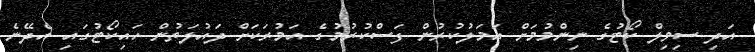
އަދި ސިވިލް ކޯޓުގެ ނިންމުމަށް އަމަލުކުރުން ފަސްކުރުމުގެ އަމުރަކަށް ދައުލަތުން ހައިކޯޓުގައި އެދޭނެ